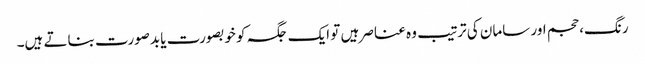
رنگ، حجم اور سامان کی ترتیب وہ عناصر ہیں تو ایک جگہ کو خوبصورت یا بدصورت بناتے ہیں۔